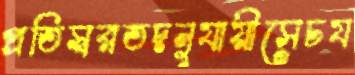
প্রতিস্বরতদনুযায়ীসেচয